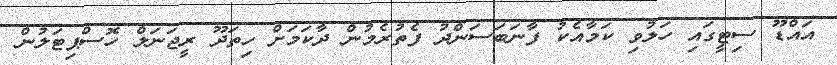
އައްޑޫ ސިޓީގައި ހަލުވި ކަމާއެކު ފާނަބަސަންދު ފެތުރެމުން ދާކަމަށް ހިތަދޫ ރީޖަނަލް ހޮސްޕިޓަލުން